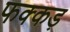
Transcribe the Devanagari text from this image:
फक्‍कड़